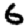
Digit: 6